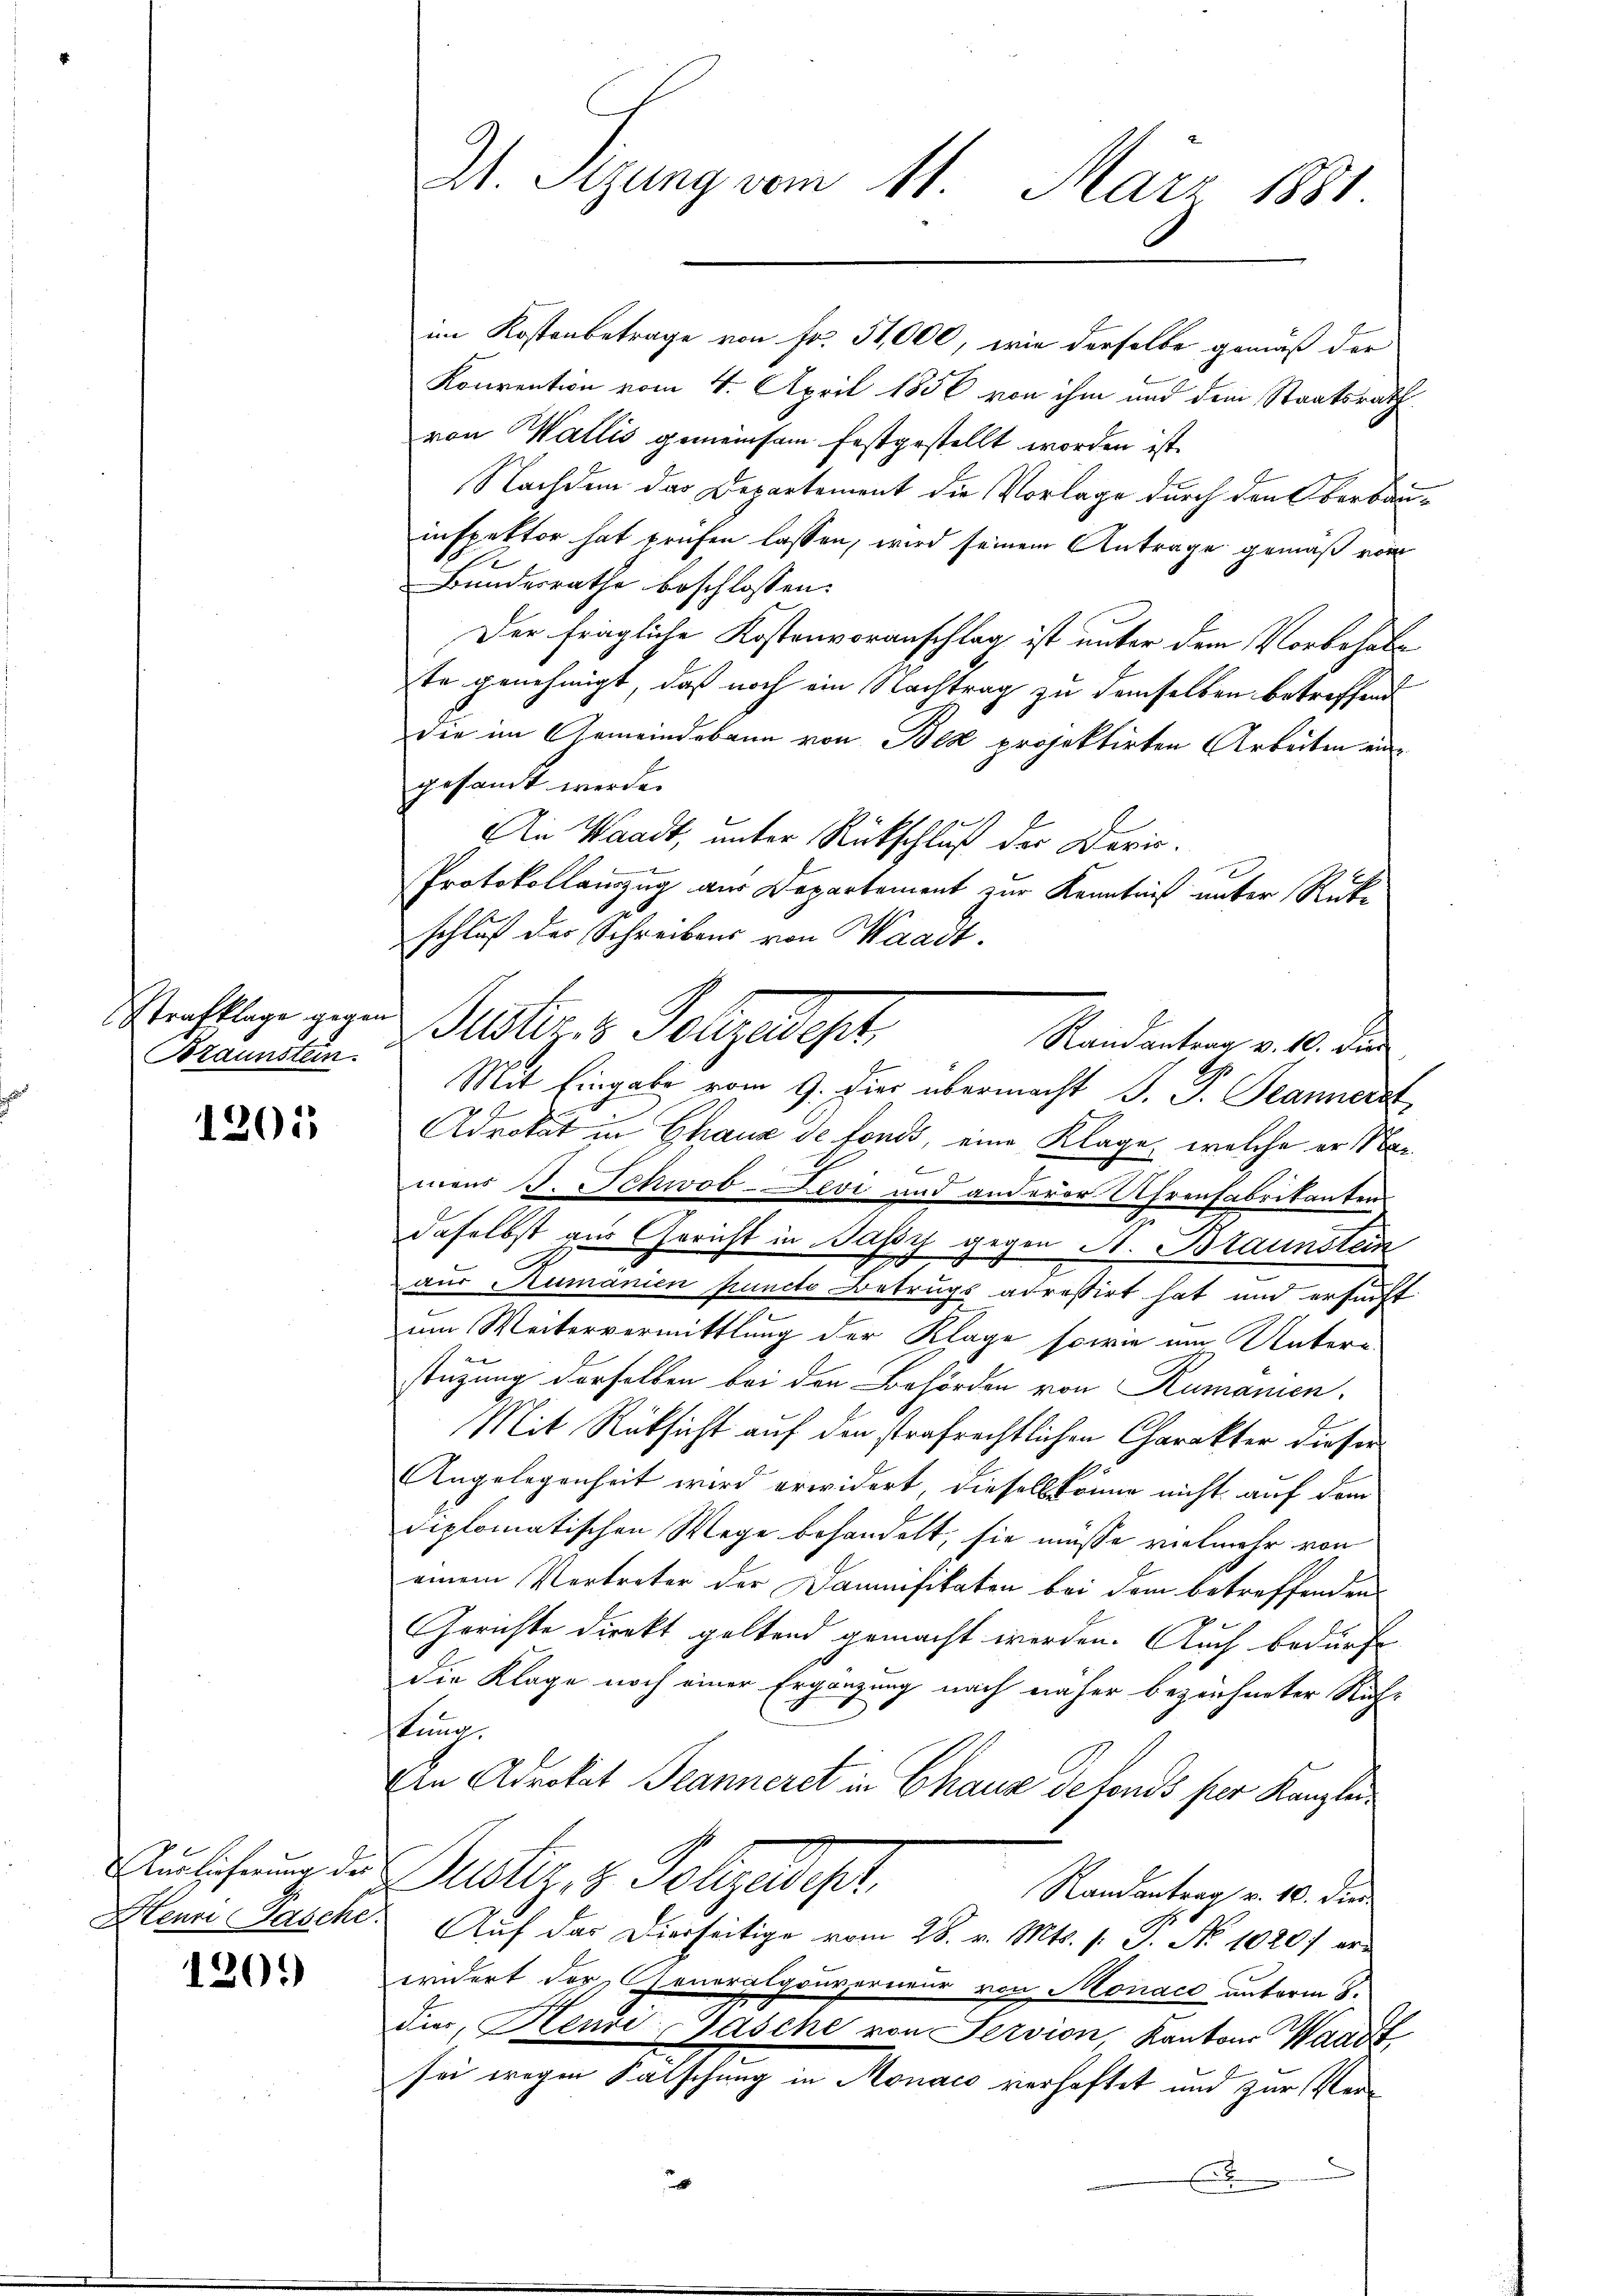
Braunstein.

1201

Auslieferung der
Henri Pasche

120.

im Kostenbetrage von Fr. 51,000, wie derselbe gemäß der
Konvention vom 4. April 1856 von ihm und dem Staatsrath
von Wallis gemeinsam festgestellt worden ist.
Nachdem das Departement die Vorlage durch den Oberbauinspektor hat prüfen lassen, wird seinem Antrage gemäß vom
Bundesrathe beschlossen:
Der fragliche Kostenvoranschlag ist unter dem Vorbehalte genehmigt, daß noch ein Nachtrag zu demselben betreffend
die im Gemeindebann von Bex projektirten Arbeiten eingesandt werde.
Die Waadt, unter Rückschluß der Darin
Protokollanzug aus Departement zur Kenntniß unter Rücke
schluß der Schreibens von Waadt.
Mit Eingabe vom 9. Dir übermacht J. P. Jeannerst
Adrokat in Chaux de fonds, eine Klage, welche er Nab
mens J. Schwob-Levi und anderer Uhrenfabrikanten
daselbst aus Gericht in Bassy gegen A. Braunstein
aus Rumanien puncto Betrugs adressirt hat und ersucht
um Weitervermittlung der Klage sowie um Unterstüzung derselben bei den Behörden von Rumanien.
Mit Rüksicht auf den strafrechtlichen Charakter dieser
Angelegenheit wird erwidert, dieselb könne nicht auf dem
diplomatischen Wege behandelt, sie müsse vielmehr von
einem Vertreter der Damnifikaten bei dem betreffenden
Gerichte direkt geltend gemacht werden. Auch bedürft
die Klage noch einer Ergänzung nach näher bezeichneter Staf-
ung.
Ein Advokat Peanneret in Chaus defonds per Kauflen
Bustiz & Polzeitigt
Randantrag v. 10. die
Auf das Dierseitige vom 28. v. Mts. 1. P. No 10207 erwridert der Generalgouverneur von Monaco unterm 8.
die, Henri-Wasche von Servion, Kantons Waar
sei wegen Falschung in Monaco verhaftet und zur Verx

A Sizung vom 11. März 1881.

Nachklage gegen Justiz- & Polizedept,

Randantrag v. 10. die